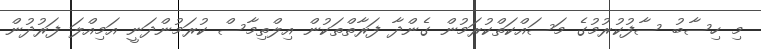
މި ހިސާބު ސާފުކުރުމުގެ މަސައްކަތްކުރަމުން ގެންދާ ފަރާތްތަކުން އިލްތިމާސް ކުރަމުންދަނީ އަމިއްލަ ފަރުދުން